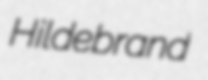
Hildebrand